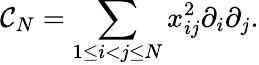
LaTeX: {\cal C}_{N}=\sum_{1\leq i<j\leq N}x_{ij}^{2}\partial_{i}\partial_{j}.